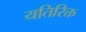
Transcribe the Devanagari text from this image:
यतिरिक्त